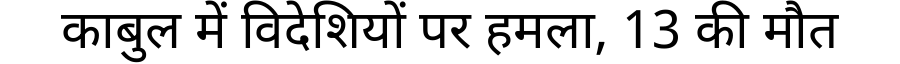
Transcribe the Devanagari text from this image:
काबुल में विदेशियों पर हमला, 13 की मौत